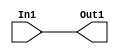
// -------------------------------------------------------------
// 
// 
// Generated by MATLAB 23.2, HDL Coder 23.2, and Simulink 23.2
// 
// -------------------------------------------------------------


// -------------------------------------------------------------
// 
// Module: cfblk192
// Source Path: sampleModel1641_sub/Subsystem/cfblk192
// Hierarchy Level: 1
// Model version: 1.1
// 
// -------------------------------------------------------------

`timescale 1 ns / 1 ns

module cfblk192
          (In1,
           Out1);


  input   [3:0] In1;  // ufix4_E4
  output  [3:0] Out1;  // ufix4_E4




  assign Out1 = In1;

endmodule  // cfblk192